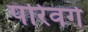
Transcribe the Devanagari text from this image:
परिवर्ग